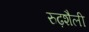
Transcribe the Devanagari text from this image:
रुढ़शैली